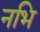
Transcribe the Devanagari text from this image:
नभि